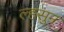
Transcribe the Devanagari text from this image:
ल्हसुन